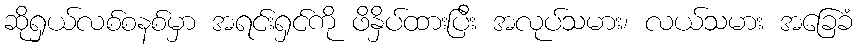
ဆိုရှယ်လစ်စနစ်မှာ အရင်းရှင်ကို ဖိနှိပ်ထားပြီး အလုပ်သမား၊ လယ်သမား အခြေခံ